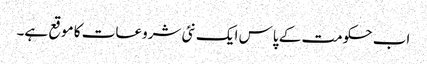
اب حکومت کے پاس ایک نئی شروعات کا موقع ہے۔